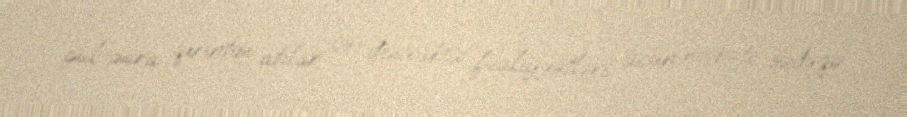
pul-para qırıntısı atılar və destruktiv fəaliyyətləri üçün növbəti sədəqə